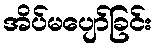
အိပ်မပျော်ခြင်း